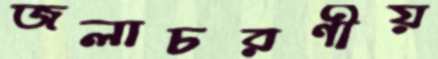
জলাচরণীয়